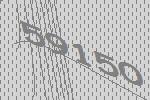
59150